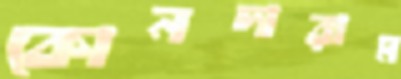
কোনদারাম